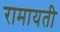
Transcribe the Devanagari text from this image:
रामायती